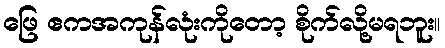
ဖြေ ဧကအကုန်လုံးကိုတော့ စိုက်လို့မရဘူး။